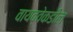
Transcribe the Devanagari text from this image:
वायव्वेकडील